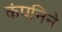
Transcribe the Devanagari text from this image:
कंपनिने